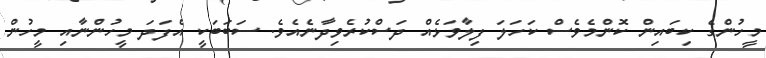
މީހުންގެ ކިބައިން ކޮންމެވެސް ކަހަލަ ފިލާވަޅެއް ދަސްކުރެވިދާނެއެވެ. ސަބަބަކީ އެފަދަ މީހުންނާއި މީހުން